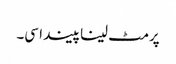
پرمٹ لینا پیندا سی۔